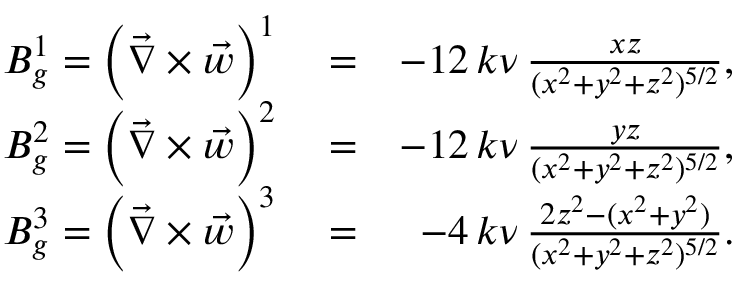
\begin{array} { r l r } { B _ { g } ^ { 1 } = \left( \vec { \nabla } \times \vec { w } \right) ^ { 1 } } & { { } = } & { - 1 2 \, k \nu \, \frac { x z } { ( x ^ { 2 } + y ^ { 2 } + z ^ { 2 } ) ^ { 5 / 2 } } , } \\ { B _ { g } ^ { 2 } = \left( \vec { \nabla } \times \vec { w } \right) ^ { 2 } } & { { } = } & { - 1 2 \, k \nu \, \frac { y z } { ( x ^ { 2 } + y ^ { 2 } + z ^ { 2 } ) ^ { 5 / 2 } } , } \\ { B _ { g } ^ { 3 } = \left( \vec { \nabla } \times \vec { w } \right) ^ { 3 } } & { { } = } & { - 4 \, k \nu \, \frac { 2 z ^ { 2 } - ( x ^ { 2 } + y ^ { 2 } ) } { ( x ^ { 2 } + y ^ { 2 } + z ^ { 2 } ) ^ { 5 / 2 } } . } \end{array}